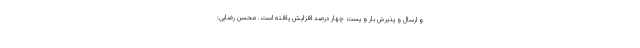
و ارسال و پذیرش بار و پست چهار درصد افزایش یافته است. محسن رضایی: